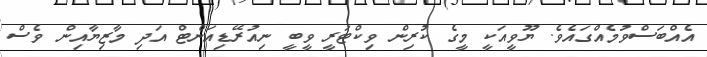
އެއްބަސްވުމެއްގައެވެ. ޔޫވީއަކީ މީގެ ކުރިން ވިކްޓަރީ ވީބީ ނިއުރޭޑިއަންޓް އަދި މާޒިޔާއިން ވެސް